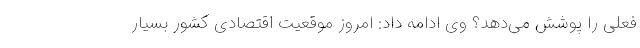
فعلی را پوشش می‌دهد؟ وی ادامه داد: امروز موقعیت اقتصادی کشور بسیار